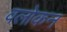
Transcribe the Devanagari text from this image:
वलोकन